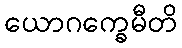
ယောဂက္ခေမီတိ